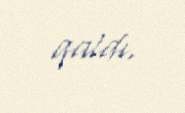
qaldı.